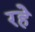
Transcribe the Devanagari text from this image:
रहेे